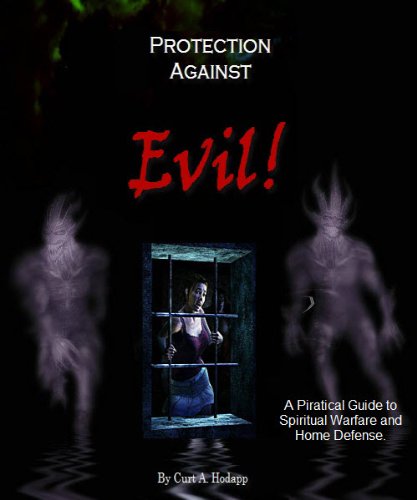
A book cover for Protection From EVIL; Curt Hodapp; Christian Books & Bibles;